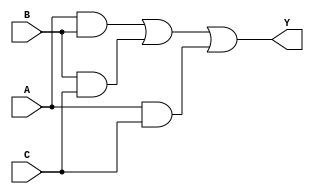
`timescale 1ns/10ps
module TMR(Y, A, B, C);
input  A, B, C;
output Y;
wire   AB, BC, AC;

and(AB, A, B);
and(BC, B, C);
and(AC, A, C);
or (Y, AB, BC, AC);

endmodule